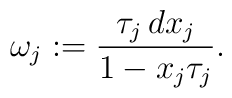
\omega_j := \frac{\tau_j\,dx_j}{1-x_j \tau_j}.